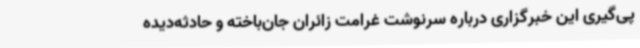
پی‌گیری این خبرگزاری درباره سرنوشت غرامت زائران جان‌باخته و حادثه‌دیده